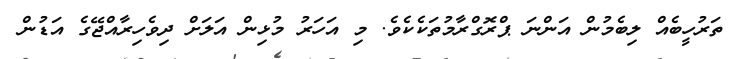
ތަރުހީބެއް ލިބެމުން އަންނަ ޕްރޮގްރާމުތަކެކެވެ. މި އަހަރު މުޅިން އަލަށް ދިވެހިރާއްޖޭގެ އަޑުން